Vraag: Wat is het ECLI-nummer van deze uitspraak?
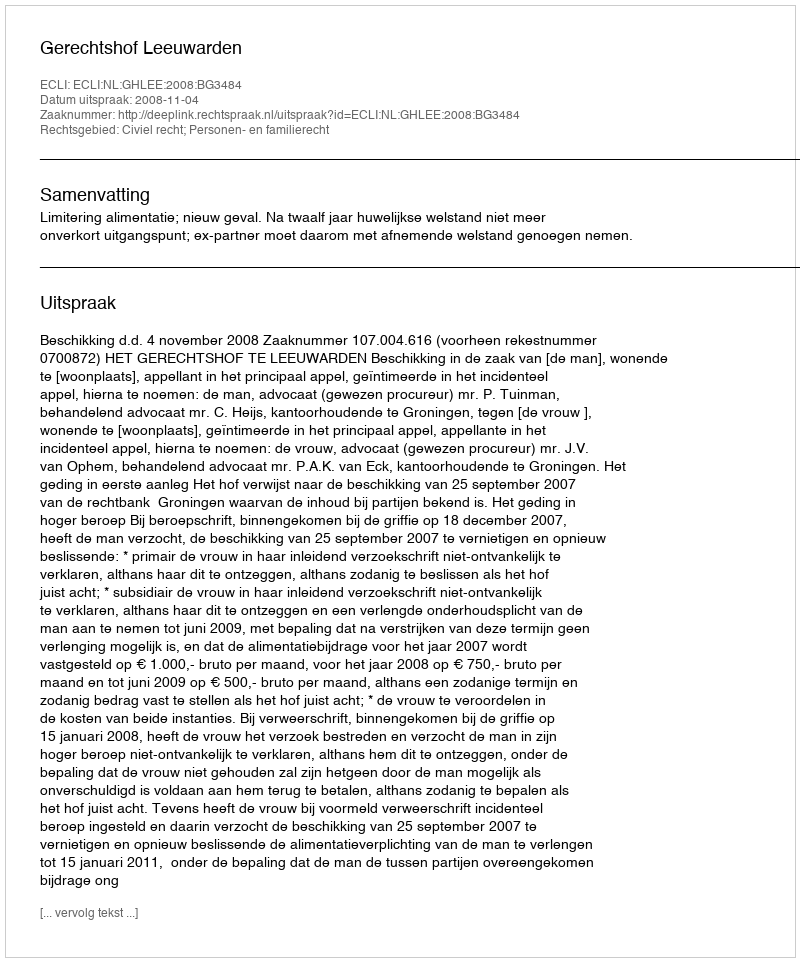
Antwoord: ECLI:NL:GHLEE:2008:BG3484